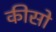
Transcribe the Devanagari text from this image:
कीसो